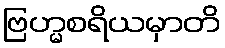
ဗြဟ္မစရိယမှာတိ